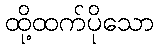
ထို့ထက်ပိုသော